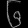
Digit: ၆